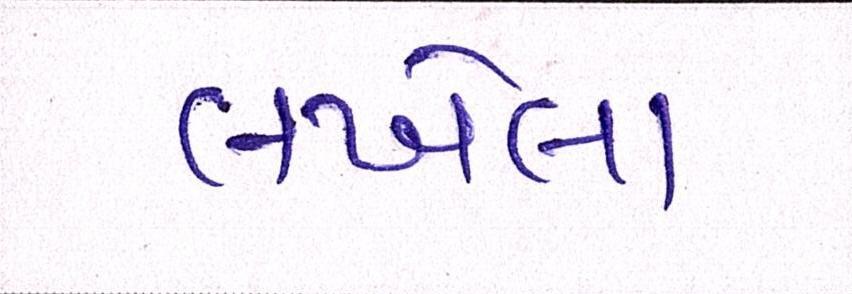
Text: લખેલા